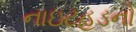
નાઇટહૂડનો